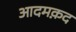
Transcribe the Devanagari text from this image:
आदमक़द